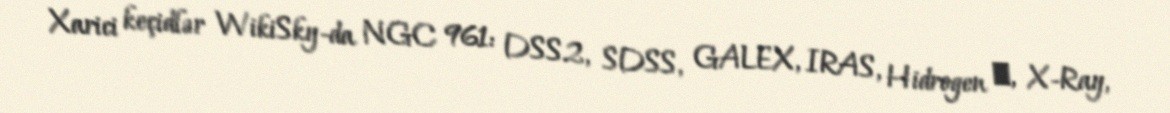
Xarici keçidlər WikiSky-da NGC 961: DSS2, SDSS, GALEX, IRAS, Hidrogen α, X-Ray,